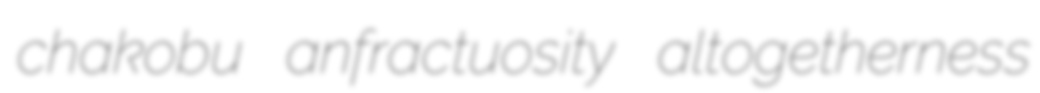
chakobu anfractuosity altogetherness